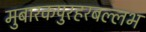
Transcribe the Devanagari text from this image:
मुबारकपुरहरबल्लभ